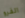
الفرو